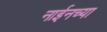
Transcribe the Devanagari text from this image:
नाईनच्या